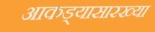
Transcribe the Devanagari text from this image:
आकड्यासारख्या